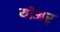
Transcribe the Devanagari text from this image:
योअर्